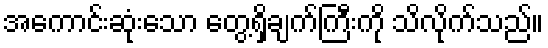
အကောင်းဆုံးသော တွေ့ရှိချက်ကြီးကို သိလိုက်သည်။